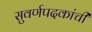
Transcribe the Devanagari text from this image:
सुवर्णपदकांची